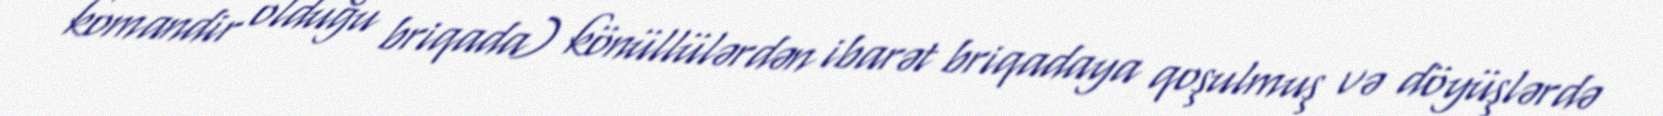
komandir olduğu briqada) könüllülərdən ibarət briqadaya qoşulmuş və döyüşlərdə